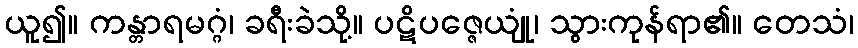
ယူ၍။ ကန္တာရမဂ္ဂံ၊ ခရီးခဲသို့။ ပဋိပဇ္ဇေယျုံ၊ သွားကုန်ရာ၏။ တေသံ၊